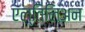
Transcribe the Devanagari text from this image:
एल्तिलिअन